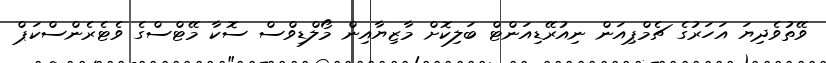
ވޭތުވެދިޔަ އަހަރުގެ ޗެމްޕިއަން ނިއުރޭޑިއަންޓް ބަލިކޮށް މާޒިޔާއިން މޯލްޑިވްސް ސޮކާ މޭޓްސްގެ ވެޓެރެންސްކަޕް